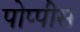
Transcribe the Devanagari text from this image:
पोप्पीेस